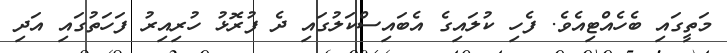
މަތީގައި ބެހެއްޓިއެވެ. ފެހި ކުލައިގެ އެބައިސްކަލުގައި ދެ ފުރޮޅު ހުރިއިރު ފަހަތުގައި އަދި